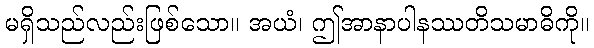
မရှိသည်လည်းဖြစ်သော။ အယံ၊ ဤအာနာပါနဿတိသမာဓိကို။